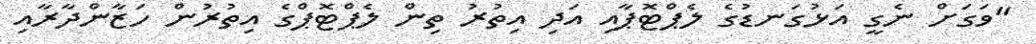
"ވަގަށް ނެގީ އަޅުގަނޑުގެ ލެޕްޓޮޕާއި އަދި އިތުރު ތިން ލެޕްޓޮޕްގެ އިތުރުން ހަޒާންދާރާއި